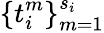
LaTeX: \{ t_{i}^{m}\} _{m=1}^{s_{i}}